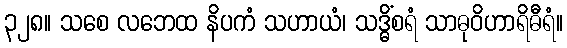
၃၂၈။ သစေ လဘေထ နိပကံ သဟာယံ၊ သဒ္ဓိံစရံ သာဓုဝိဟာရိဓီရံ။